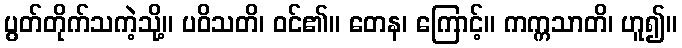
ပွတ်တိုက်သကဲ့သို့။ ပဝိသတိ၊ ဝင်၏။ တေန၊ ကြောင့်။ ကက္ကသာတိ၊ ဟူ၍။